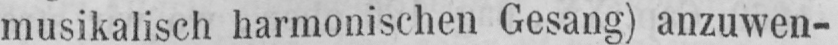
musikalisch harmonischen Gesang) anzuwen-